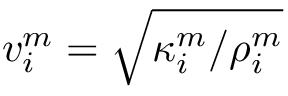
v _ { i } ^ { m } = \sqrt { \kappa _ { i } ^ { m } / \rho _ { i } ^ { m } }